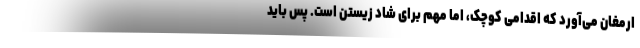
ارمغان می‌آورد که اقدامی کوچک، اما مهم برای شاد زیستن است. پس باید